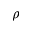
\rho